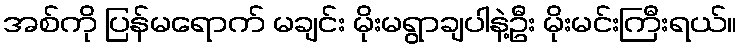
အစ်ကို ပြန်မရောက် မချင်း မိုးမရွာချပါနဲ့ဦး မိုးမင်းကြီးရယ်။